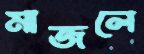
মাজলে